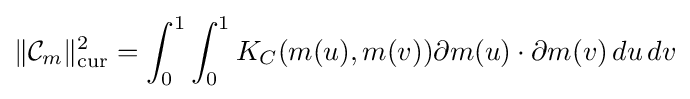
\|{\mathcal {C}}_{m}\|_{\mathrm {cur} }^{2}=\int _{0}^{1}\int _{0}^{1}K_{C}(m(u),m(v))\partial m(u)\cdot \partial m(v)\,du\,dv